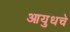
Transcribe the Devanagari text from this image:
आयुधचे